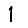
Digit: 1